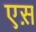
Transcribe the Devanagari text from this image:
एस़